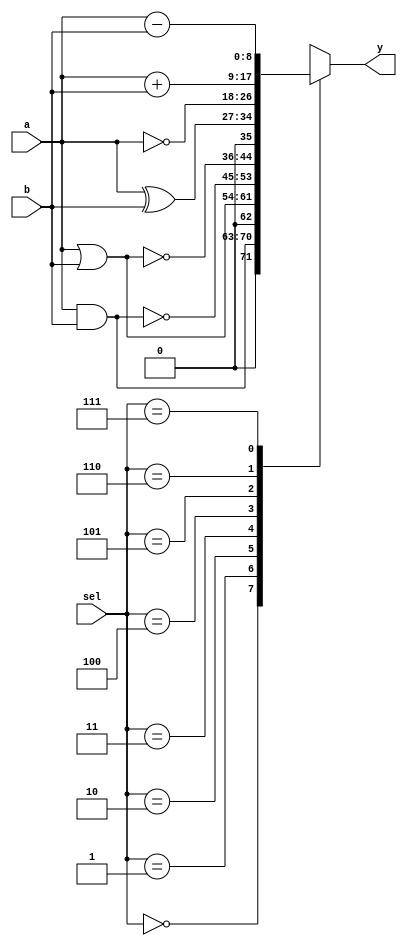
module ALU#(parameter n = 8)
  (
    input [n-1:0]a, b,
    input [2:0]sel,
    output reg [n:0]y);
  always@(*)
    begin
      case(sel)
        0:y = a&b;
        1:y = a|b;
        2:y = ~(a&b);
        3:y = ~(a|b);
        4:y = a^b;
        5:y = ~a;
        6:y = a+b;
        7:y = a-b;
        default:y = '1;
      endcase
    end
endmodule